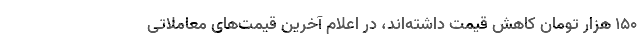
۱۵۰ هزار تومان کاهش قیمت داشته‌اند، در اعلام آخرین قیمت‌های معاملاتی